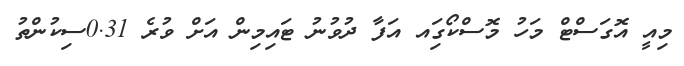
މިއީ އޮގަސްޓް މަހު މޮސްކޯގަިއ އަފާ ދުވުނު ޓައިމިން އަށް ވުރެ 0.31ސިކުންތު